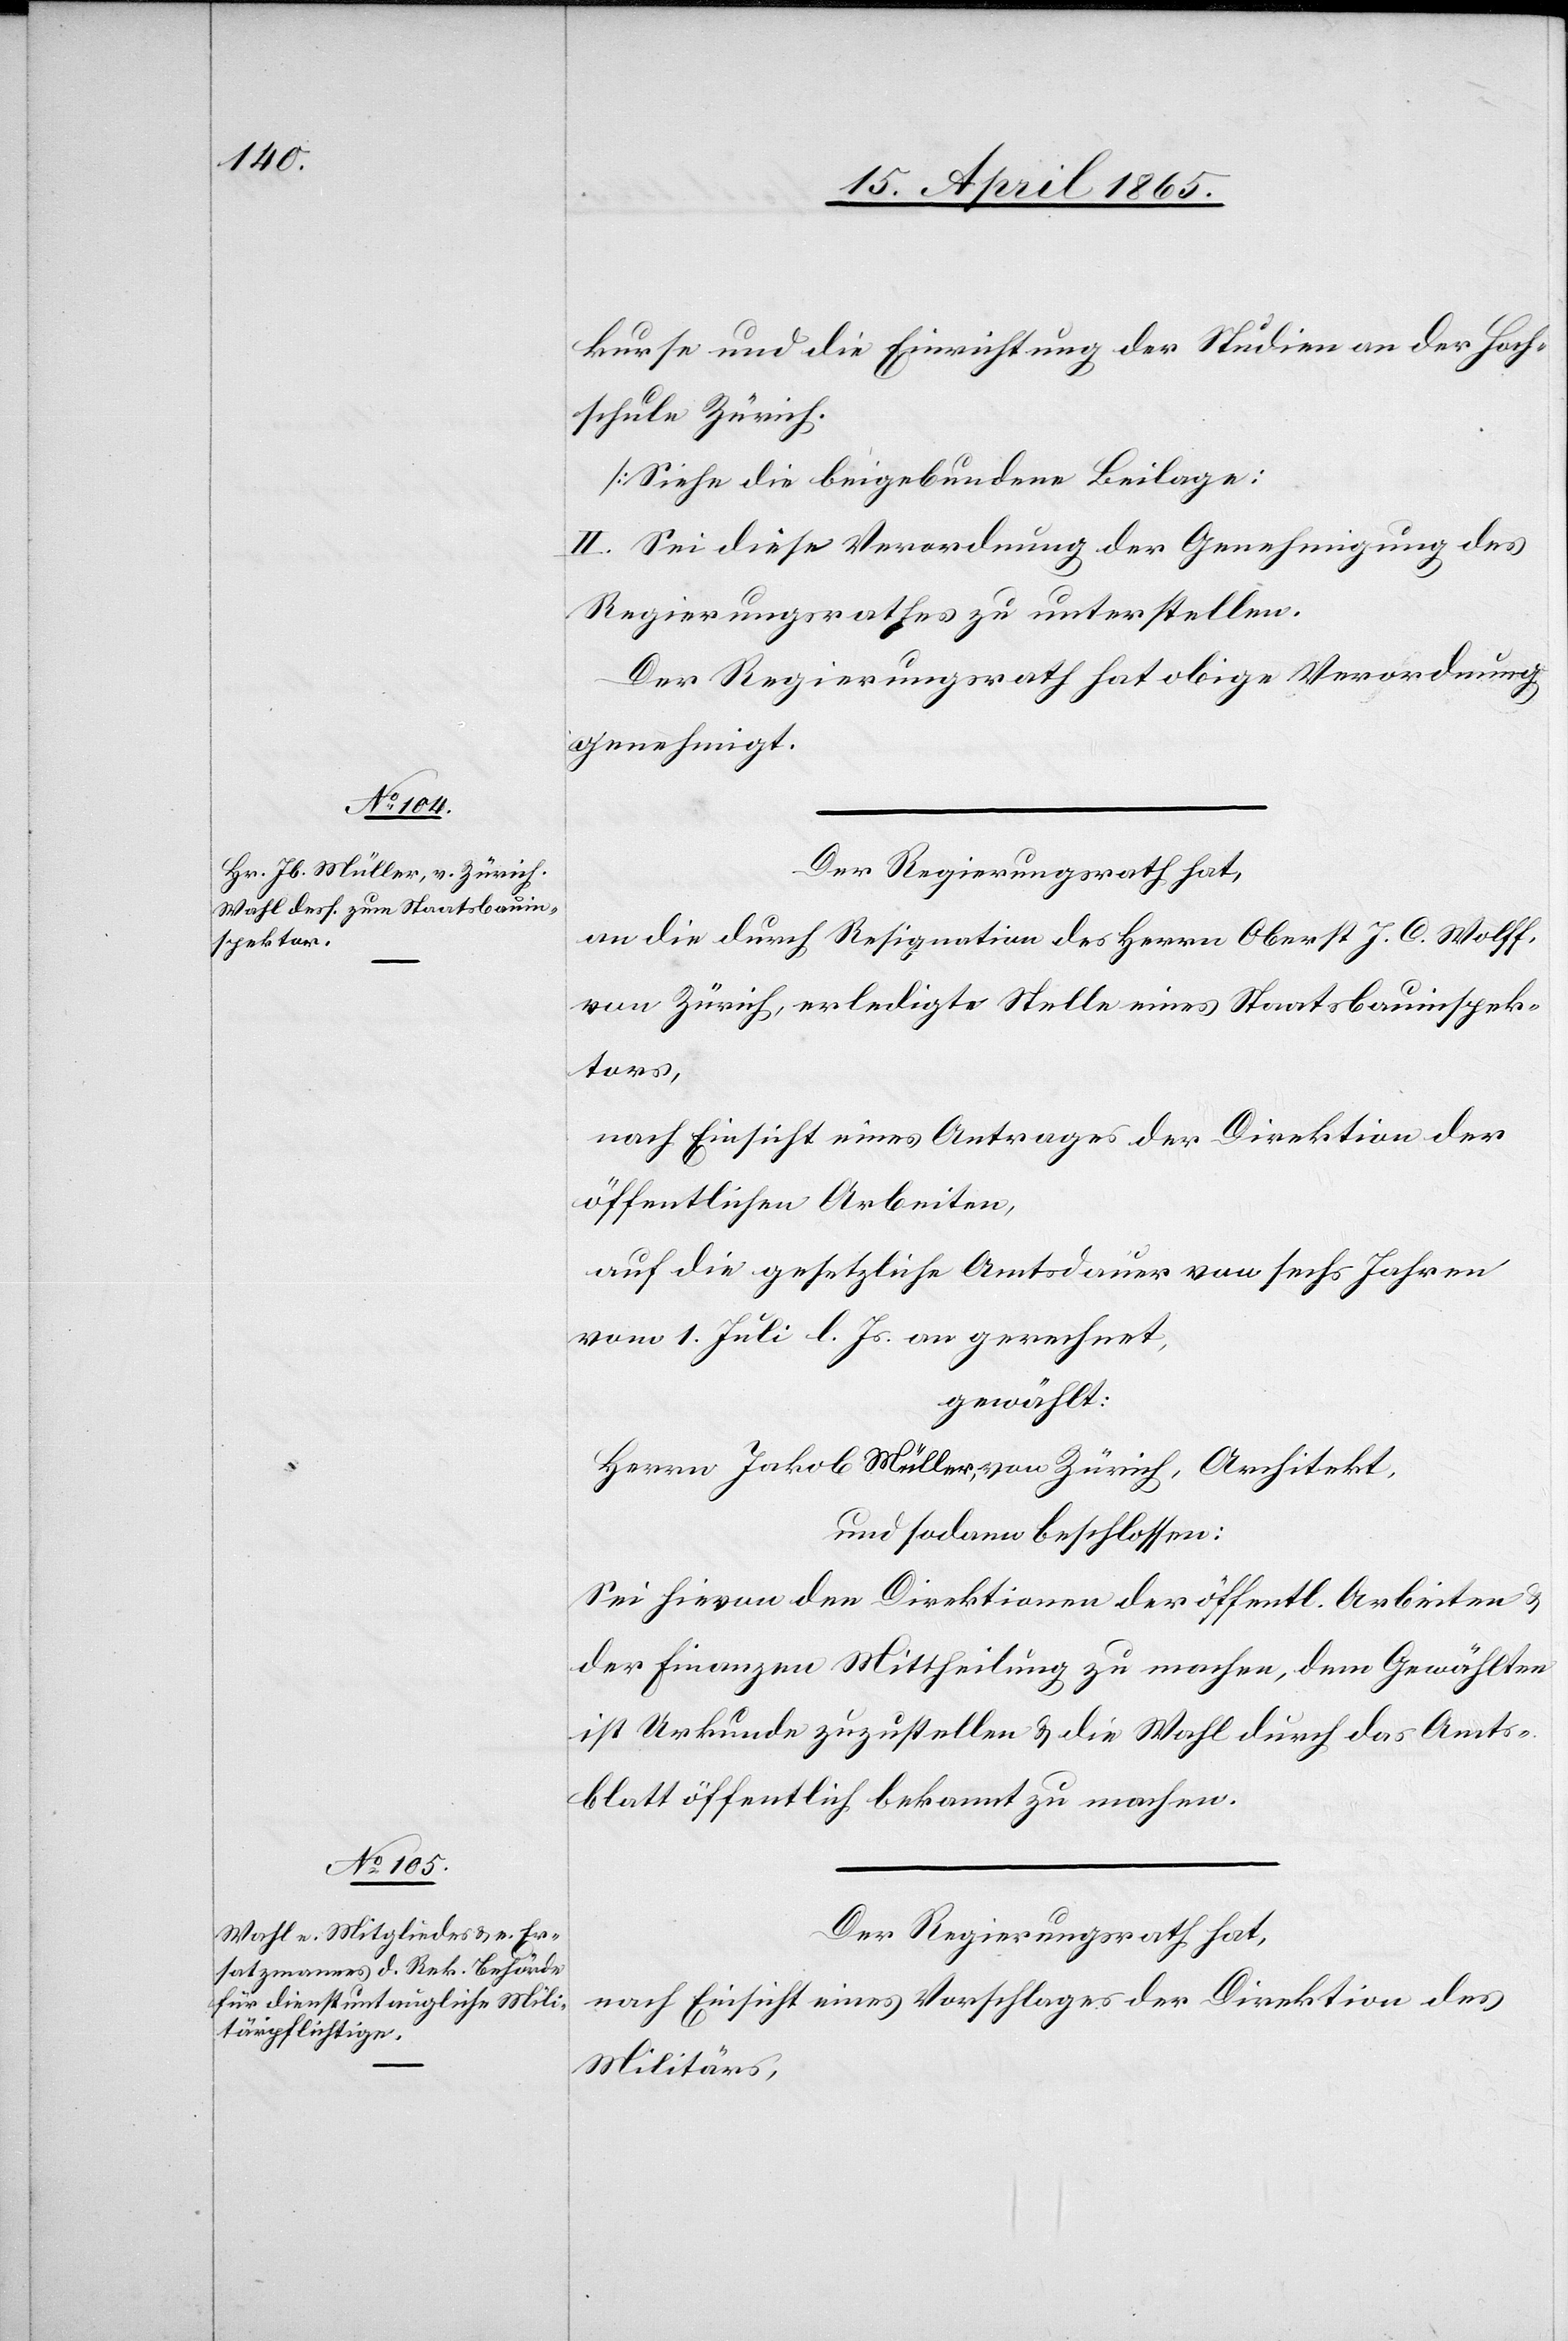
kurse und die Einrichtung der Studien an der Hoch¬
schule Zürich.
[Siehe die beigebundene Beilage]*
II. Sei diese Verordnung der Genehmigung des
Regierungsrathes zu unterstellen.
Der Regierungsrath hat obige Verordnung
genehmigt.
Der Regierungsrath hat,
an die durch Resignation des Herrn Oberst J. C. Wolff,
von Zürich, erledigte Stelle eines Staatsbauinspek¬
tors,
nach Einsicht eines Antrages der Direktion der
öffentlichen Arbeiten,
auf die gesetzliche Amtsdauer von sechs Jahren
vom 1. Juli l. Js. an gerechnet,
gewählt:
Herrn Jakob Müller, von Zürich, Architekt,
und sodann beschlossen:
Sei hievon den Direktionen der öffentl. Arbeiten &
der Finanzen Mittheilung zu machen, dem Gewählten
ist Urkunde zuzustellen & die Wahl durch das Amts¬
blatt öffentlich bekannt zu machen.
Der Regierungsrath hat,
nach Einsicht eines Vorschlages der Direktion des
Militärs,